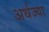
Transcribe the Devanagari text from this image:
अर्धज्या